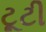
ટૂટી